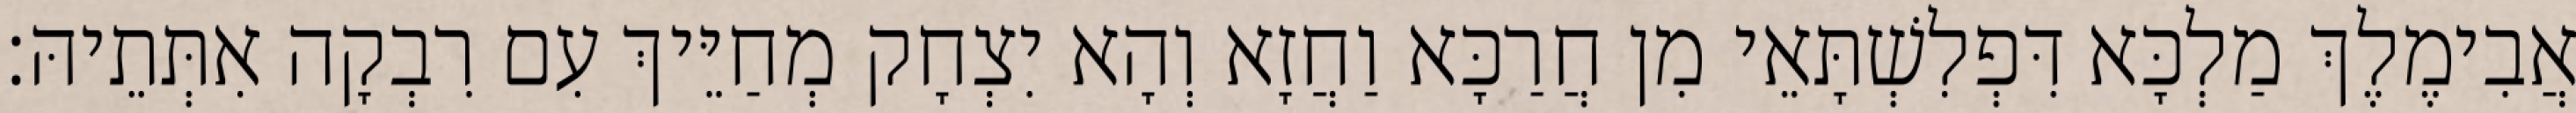
אֲבִימֶלֶךְ מַלְכָּא דִּפְלִשְׁתָּאֵי מִן חֲרַכָּא וַחֲזָא וְהָא יִצְחָק מְחַיֵּיךְ עִם רִבְקָה אִתְּתֵיהּ׃